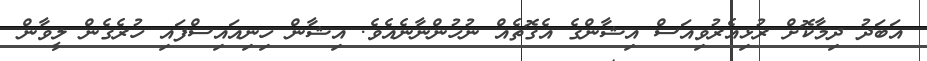
އަބަދު ދިމާކޮށް ރުޅިއެރުވިއަސް އިޝާންގެ އެގޮތެއް ނުހުންނާނެއެވެ. އިޝާން ހިނިއައިސްފައި ހުރެގެން ލީވާން